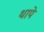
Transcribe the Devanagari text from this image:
थापे